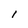
Character: l